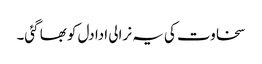
سخاوت کی یہ نرالی ادا دل کو بھا گئی۔